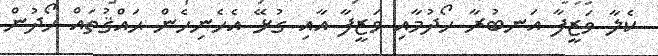
ކެލާ ވަޒީފާ އަނބުރާ ހޯދުމާއި ވަޒީފާ އާއި ގުޅޭ އެހެނިހެން ޙައްޤުތައް ހޯދުން